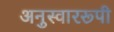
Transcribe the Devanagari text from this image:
अनुस्वाररूपी